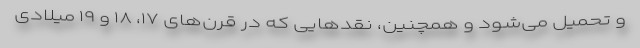
و تحمیل می‌شود و همچنین، نقدهایی که در قرن‌های ۱۷، ۱۸ و ۱۹ میلادی